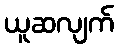
ယူဆလျက်